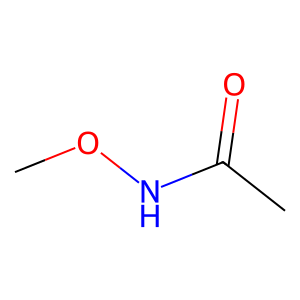
SMILES: CONC(C)=O
Inhibits HIV replication: No